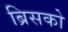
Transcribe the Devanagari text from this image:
ब्रिसको